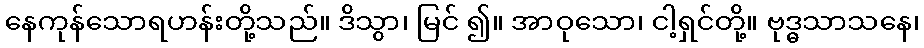
နေကုန်သောရဟန်းတို့သည်။ ဒိသွာ၊ မြင် ၍။ အာဝုသော၊ ငါ့ရှင်တို့။ ဗုဒ္ဓသာသနေ၊